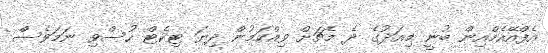
އެފްއޭއެމްއިން ބުނީ މިއަދުގެ ދެ މެޗަށް ވިއްކަމުން ދިޔަ ޓިކެޓް ހުސްވި ނަމަވެސް